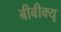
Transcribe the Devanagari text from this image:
बीबीक्यू